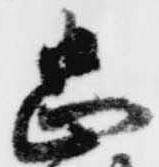
忠